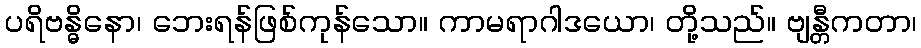
ပရိဗန္ဓိနော၊ ဘေးရန်ဖြစ်ကုန်သော။ ကာမရာဂါဒယော၊ တို့သည်။ ဗျန္တီကတာ၊